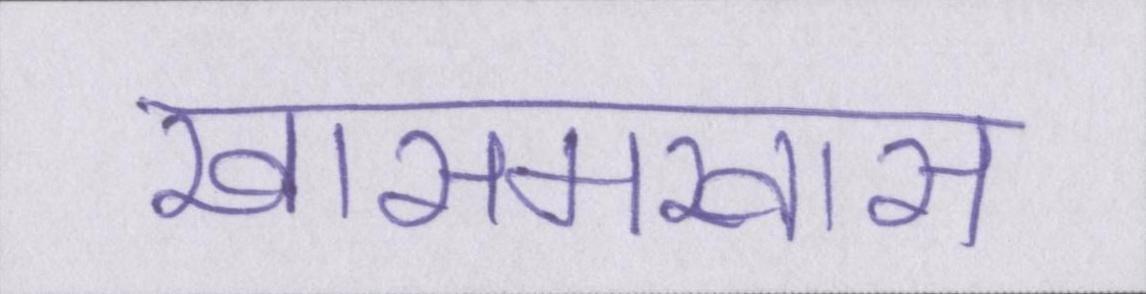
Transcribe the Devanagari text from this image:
खासमखास